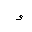
Letter: _hamza